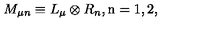
M _ { \mu n } \equiv L _ { \mu } \otimes R _ { n } , \mathrm { \tiny n = 1 , 2 } ,